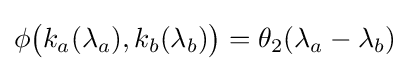
\phi {\big (}k_{a}(\lambda _{a}),k_{b}(\lambda _{b}){\big )}=\theta _{2}(\lambda _{a}-\lambda _{b})